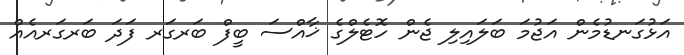
އަޅުގަނޑުމެން އަޖުމަ ބަލައިލި ޖެން ހޮޓެލްގެ ޚާއްސަ ބީފް ބަރގަރ ފަދަ ބަރގަރއެއް